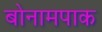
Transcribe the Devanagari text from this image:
बोनामपाक